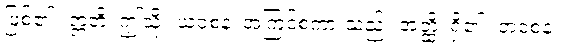
ဖြစ်၏။ ဣတိ၊ ဤသို့။ ယံဝစနံ၊ အကြင်စကားသည်။ အတ္ထိ၊ ရှိ၏။ တံဝစနံ၊